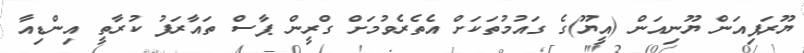
ޔޫރަޕިއަން ޔޫނިއަން (އީޔޫ)ގެ ގައުމުތަކަށް އެތެރެވުމަށް ގްރީން ޕާސް ތައާރަފު ކުރާތީ އިންޑިއާ